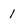
Character: 1